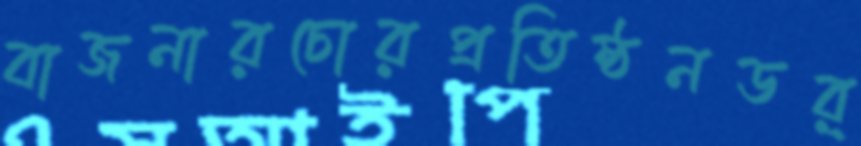
বাজনারচোরপ্রতিষ্ঠনডর্